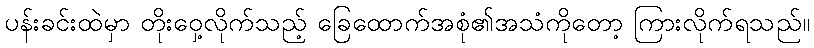
ပန်းခင်းထဲမှာ တိုးဝှေ့လိုက်သည့် ခြေထောက်အစုံ၏အသံကိုတော့ ကြားလိုက်ရသည်။